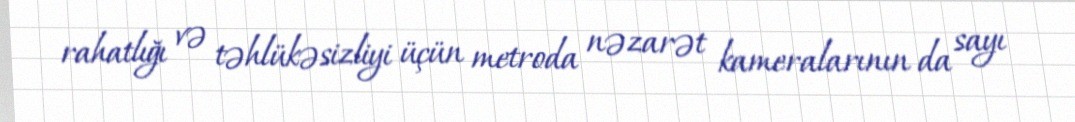
rahatlığı və təhlükəsizliyi üçün metroda nəzarət kameralarının da sayı